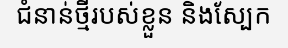
ជំនាន់ថ្មីរបស់ខ្លួន និងស្បែក